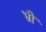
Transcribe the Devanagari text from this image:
भ्रौं